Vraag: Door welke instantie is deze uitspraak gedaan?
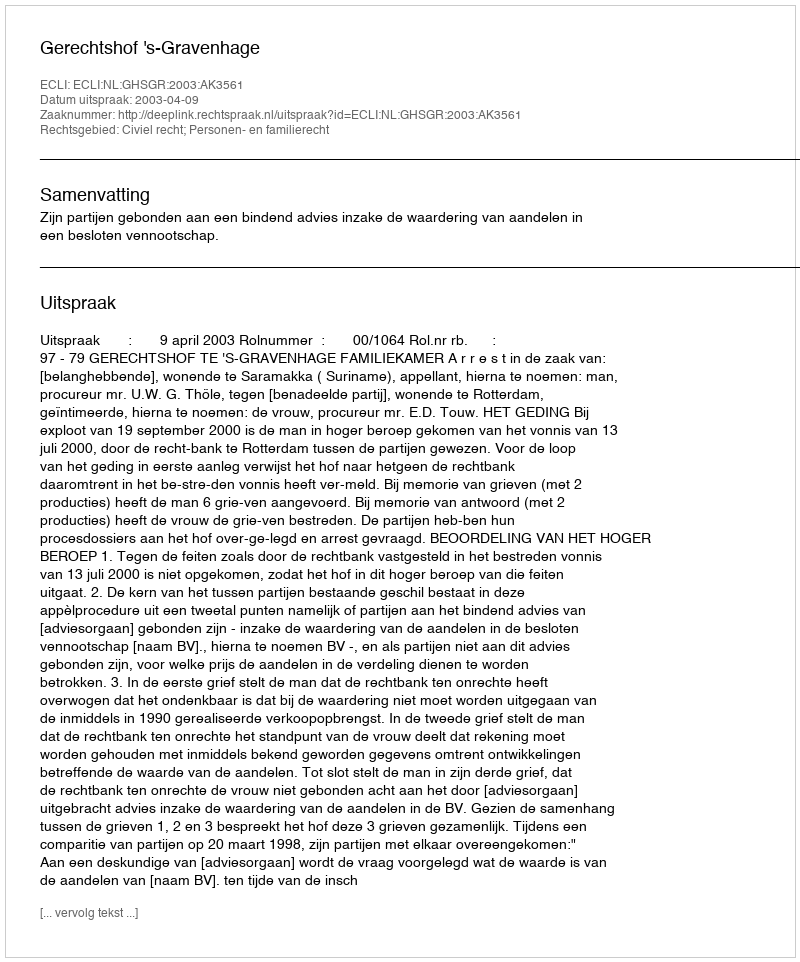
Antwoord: Gerechtshof 's-Gravenhage